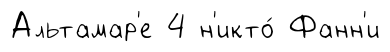
Альтамар'е 4 н'икто́ Фанн'и